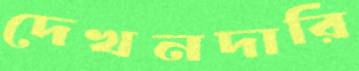
দেখনদারি